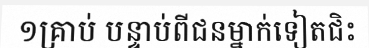
១គ្រាប់ បន្ទាប់ពីជនម្នាក់ទៀតជិះ